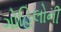
ગોહિલોની